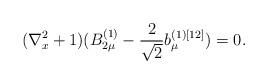
LaTeX: \begin{align*}(\nabla^{2}_x + 1) (B^{(1)}_{2 \mu} - \frac{2}{\sqrt{2}} b^{(1)[12]}_{\mu})= 0.\end{align*}